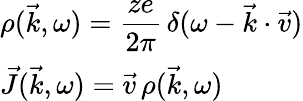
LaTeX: \begin{array}{l}{\displaystyle\rho(\vec{k},\omega)=\frac{ze}{2\pi}\, \delta(\omega-\vec{k}\cdot\vec{v})}\\ {\displaystyle\vec{J}(\vec{k},\omega)=\vec{v}\, \rho(\vec{k},\omega)\, }\end{array}